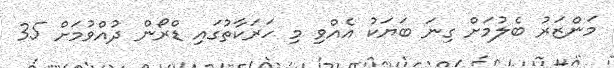
މަންޒަރު ބެލުމަށް ގިނަ ބަޔަކު އެއްވި މި ހަރަކާތުގައި ޑްރޯން ދުއްވުމަށް 35